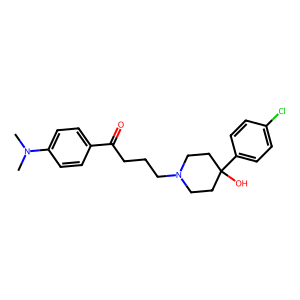
SMILES: CN(C)c1ccc(C(=O)CCCN2CCC(O)(c3ccc(Cl)cc3)CC2)cc1
Inhibits HIV replication: No